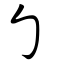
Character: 勹